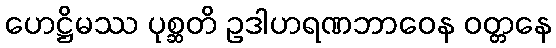
ဟေဋ္ဌိမဿ ပုစ္ဆတိ ဥဒါဟရဏဘာဝေန ဝတ္တနေ